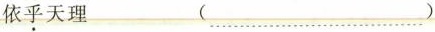
依乎天理 (……)